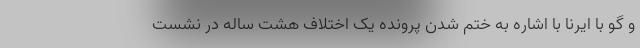
و گو با ایرنا با اشاره به ختم شدن پرونده یک اختلاف هشت ساله در نشست